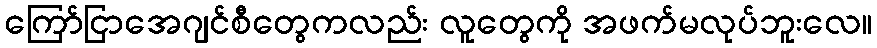
ကြော်ငြာအေဂျင်စီတွေကလည်း လူတွေကို အဖက်မလုပ်ဘူးလေ။